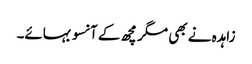
زاہدہ نے بھی مگر مچھ کے آنسو بہائے۔